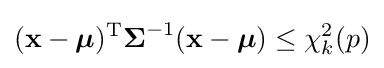
({\mathbf {x} }-{\boldsymbol {\mu }})^{\mathrm {T} }{\boldsymbol {\Sigma }}^{-1}({\mathbf {x} }-{\boldsymbol {\mu }})\leq \chi _{k}^{2}(p)